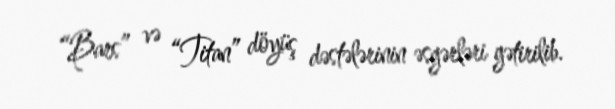
“Bars” və “Titan” döyüş dəstələrinin əsgərləri gətirilib.